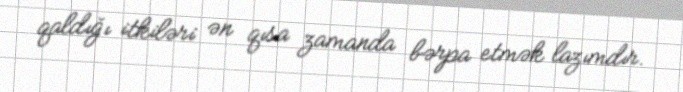
qaldığı itkiləri ən qısa zamanda bərpa etmək lazımdır.